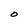
Character: O